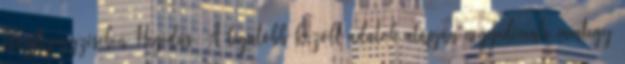
blogbejegyzésében Hegedűs. A legutóbb közölt adatok alapján negyedévente mintegy